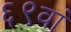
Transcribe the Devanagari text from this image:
६९वां